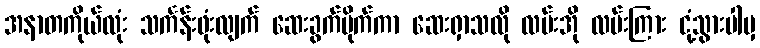
အနာတကိုယ်လုံး သင်္ကန်းဖုံးလျက် ဆေးခွက်ပိုက်ကာ ဆေးရှာသလို လမ်းအို လမ်းကြား ငုံ့သွားပါမှ